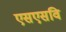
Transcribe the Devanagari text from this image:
एसएसवि